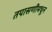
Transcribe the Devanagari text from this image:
तपासणीमधून